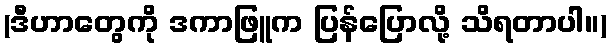
(ဒီဟာတွေကို ဒကာဖြူက ပြန်ပြောလို့ သိရတာပါ။)